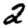
Digit: 2